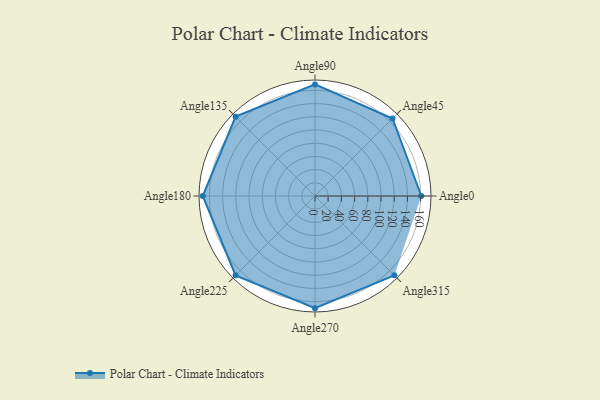
{"axis": {"x": "Angle", "y": "Radius"}, "legend": [""], "data": [{"x": "Angle0", "y": 161.0, "type": ""}, {"x": "Angle45", "y": 166.0, "type": ""}, {"x": "Angle90", "y": 169.0, "type": ""}, {"x": "Angle135", "y": 170, "type": ""}, {"x": "Angle180", "y": 170, "type": ""}, {"x": "Angle225", "y": 170, "type": ""}, {"x": "Angle270", "y": 170, "type": ""}, {"x": "Angle315", "y": 170, "type": ""}]}